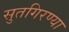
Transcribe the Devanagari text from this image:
सुतगिरण्या